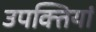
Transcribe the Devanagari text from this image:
उपक्तियां